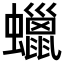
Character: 蠟